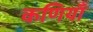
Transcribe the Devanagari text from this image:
कणियाँ